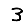
Digit: 3